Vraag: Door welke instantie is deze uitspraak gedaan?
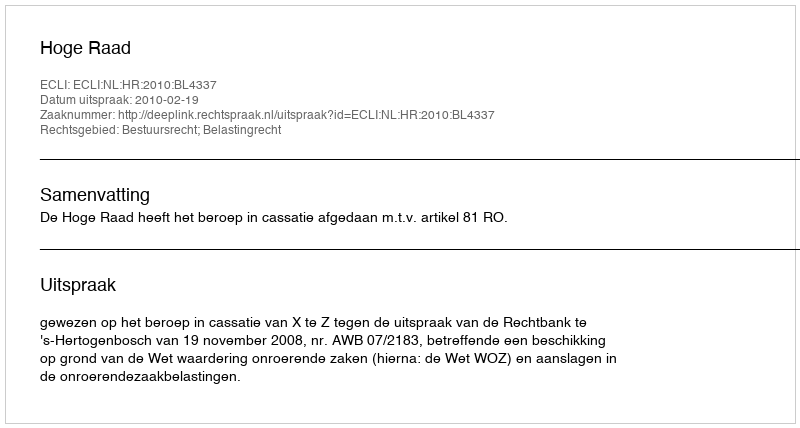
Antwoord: Hoge Raad